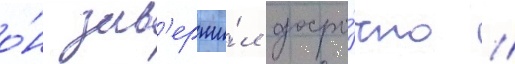
о́н зав'ерши́л досро́чно //